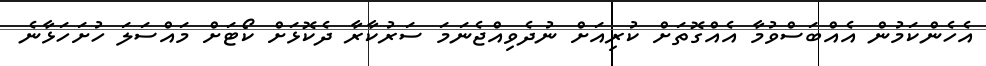
އެހެންކަމުން އެއްބަސްވުމާ އެއްގޮތަށް ކުރިއަށް ނުދެވިއްޖެނަމަ ސަރުކާރާ ދެކޮޅަށް ކޯޓަށް މައްސަލަ ހުށަހަޅާނެ